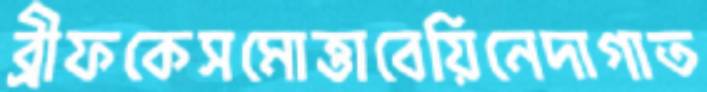
ব্রীফকেসমোত্তাবেয়িনেদাগাত